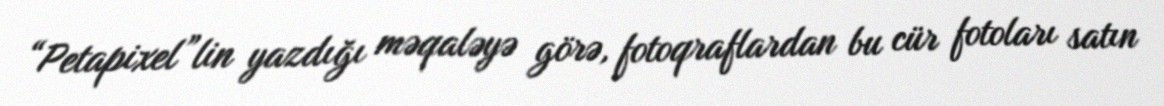
“Petapixel”lin yazdığı məqaləyə görə, fotoqraflardan bu cür fotoları satın